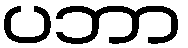
ပဘာ